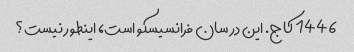
1446 کاج. این در سان فرانسیسکو است، اینطور نیست؟